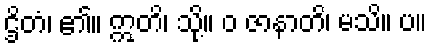
ဌိတံ၊ ၏။ ဣတိ၊ သို့။ ဝ ဇာနာတိ၊ မသိ။ ပ။